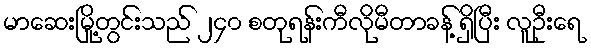
မာဆေးမြို့တွင်းသည် ၂၄၀ စတုရန်းကီလိုမီတာခန့် ရှိပြီး လူဦးရေ